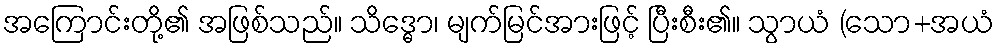
အကြောင်းတို့၏ အဖြစ်သည်။ သိဒ္ဓော၊ မျက်မြင်အားဖြင့် ပြီးစီး၏။ သွာယံ (သော+အယံ